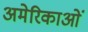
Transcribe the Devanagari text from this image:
अमेरिकाओं